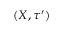
( X , \tau ^ { \prime } )